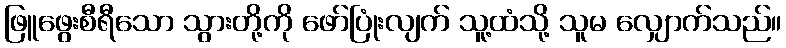
ဖြူဖွေးစီရီသော သွားတို့ကို ဖော်ပြုံးလျက် သူ့ထံသို့ သူမ လျှောက်သည်။